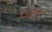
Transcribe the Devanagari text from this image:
चयो